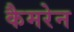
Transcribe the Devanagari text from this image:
कैमरेन